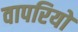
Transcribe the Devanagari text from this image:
वापरियो